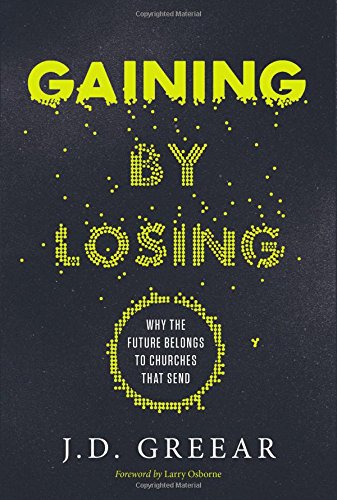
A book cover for Gaining By Losing: Why the Future Belongs to Churches that Send; J.D. Greear; Christian Books & Bibles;